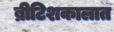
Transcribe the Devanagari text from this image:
ब्रीटिशकालात